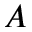
A